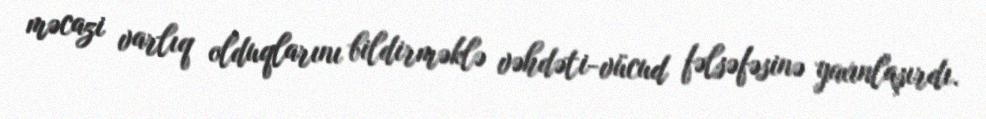
məcazi varlıq olduqlarını bildirməklə vəhdəti-vücud fəlsəfəsinə yaxınlaşırdı.